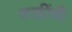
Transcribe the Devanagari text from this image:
शाहींची